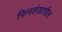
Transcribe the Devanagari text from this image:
फिनलंडातील